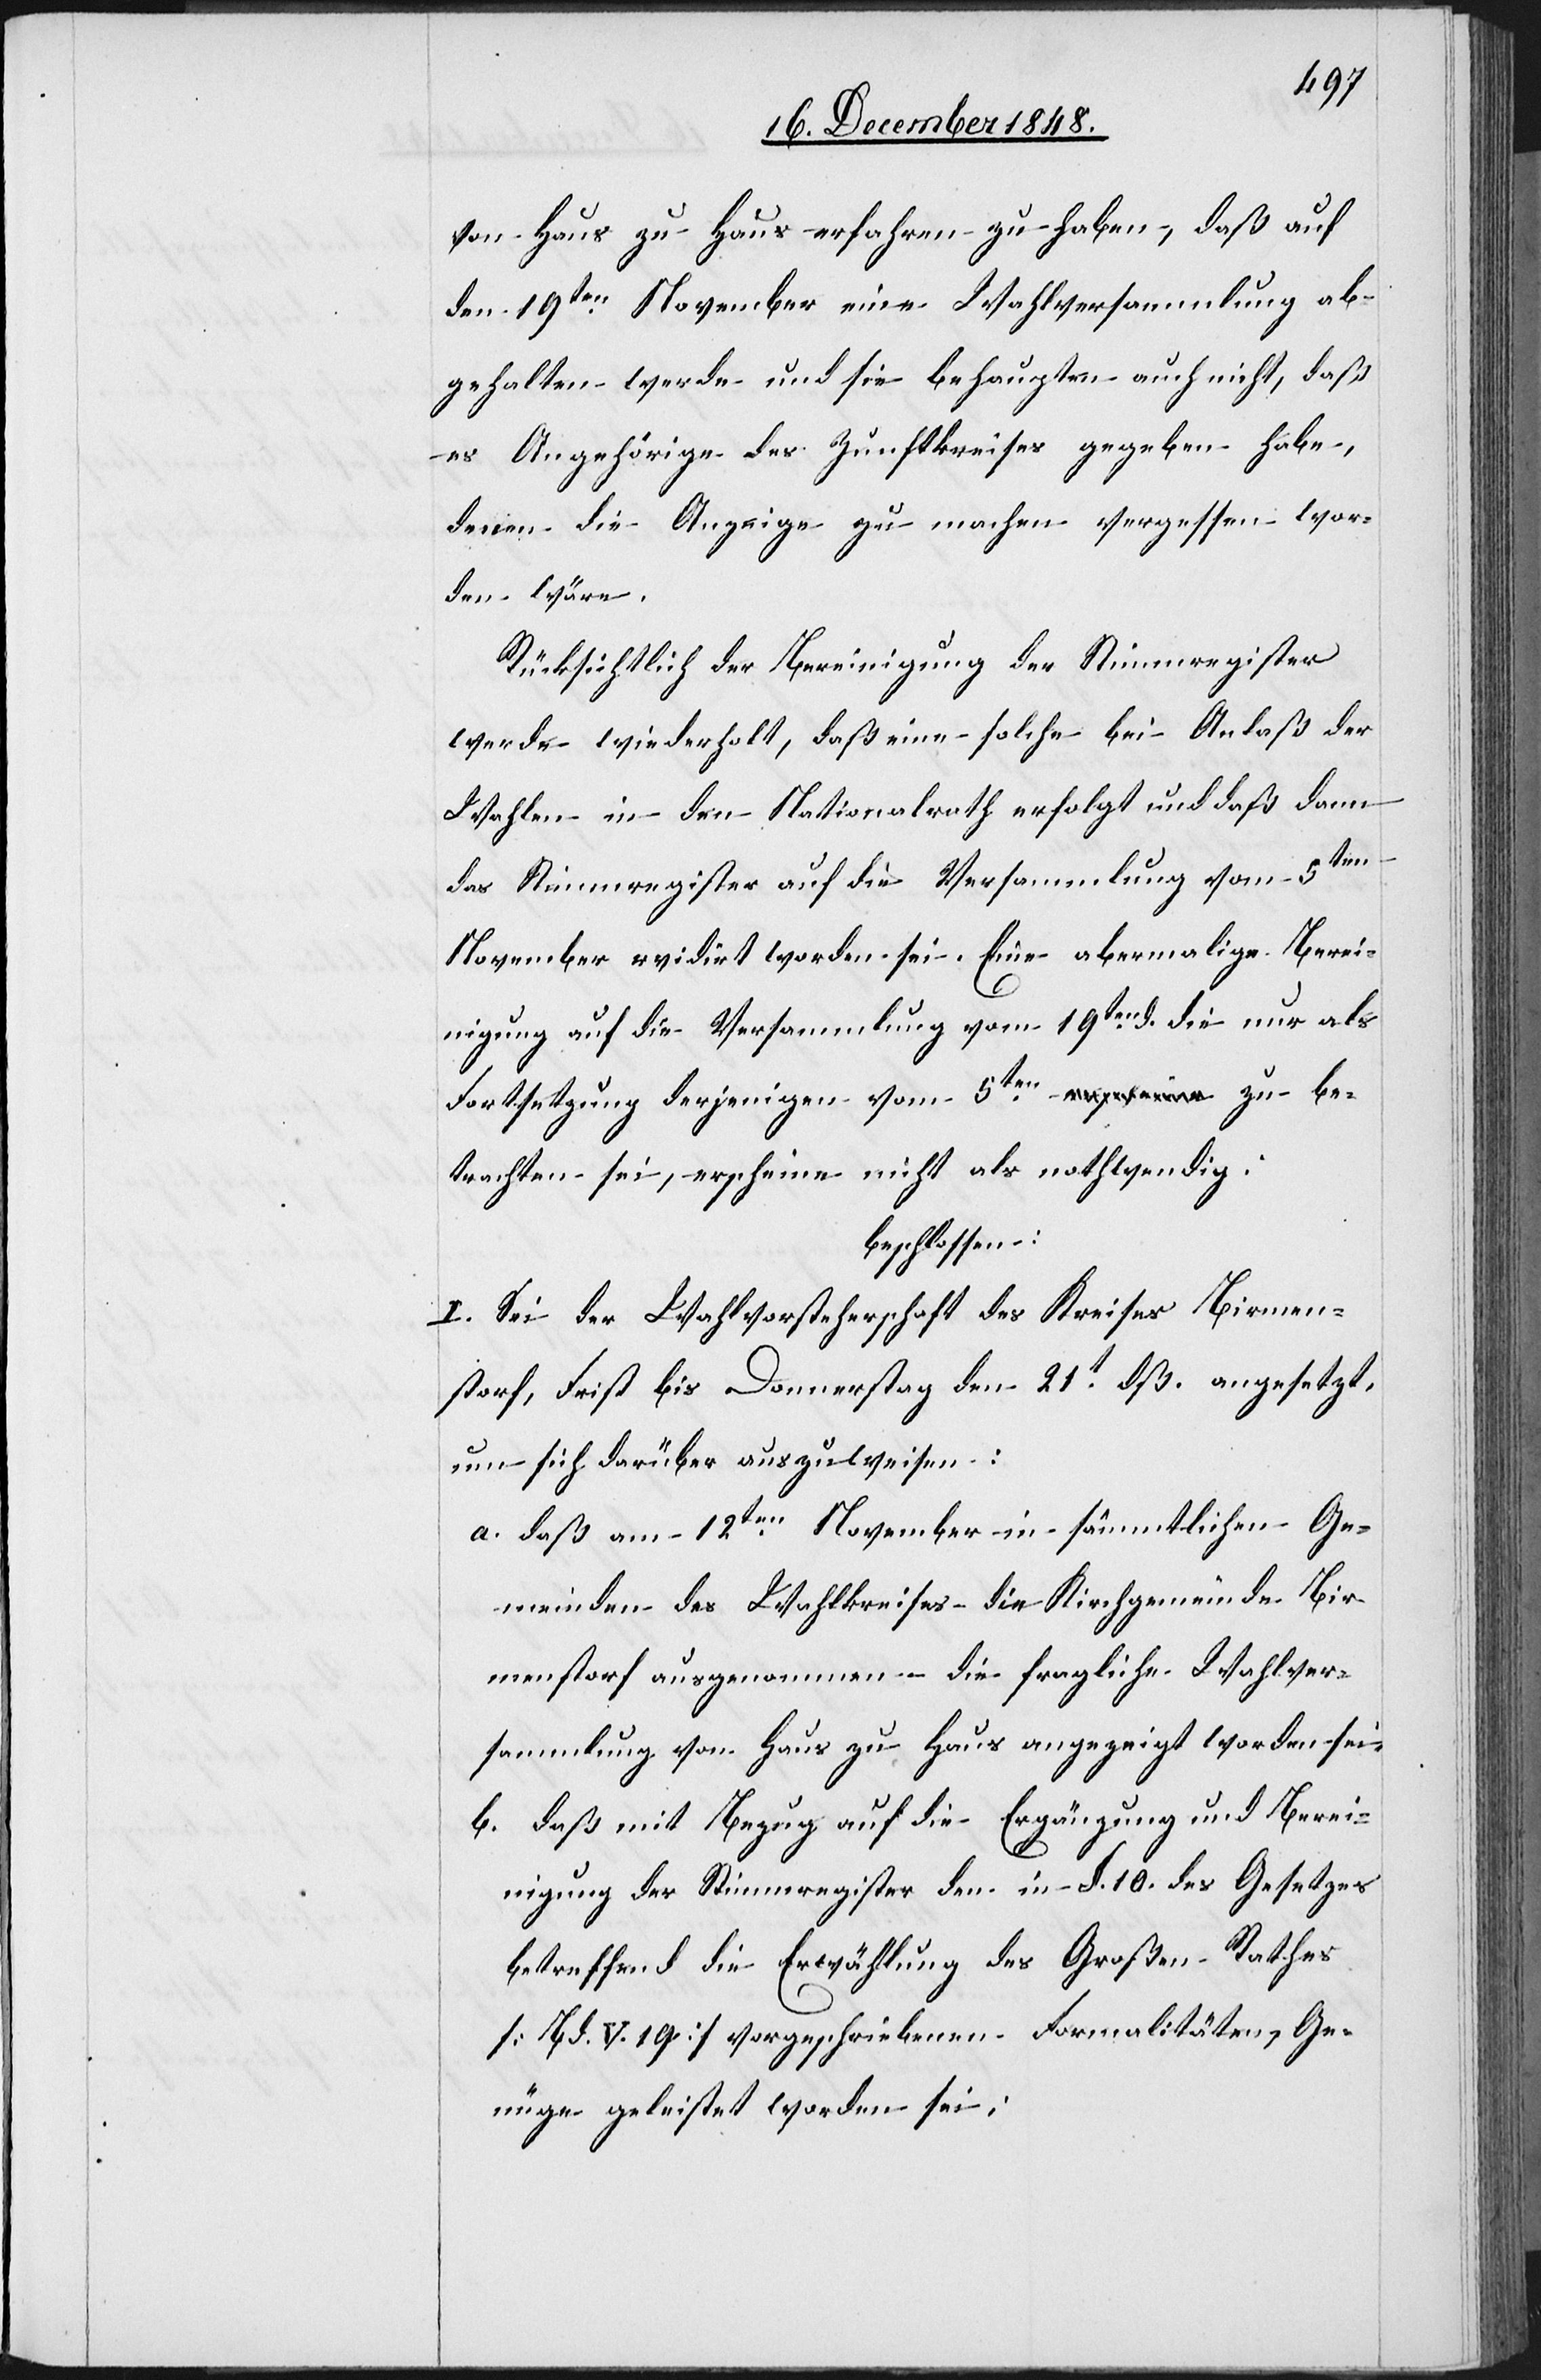
von Haus zu Haus erfahren zu haben, daß auf
den 19ten November eine Wahlversammlung ab¬
gehalten werde und sie behaupten auch nicht, daß
es Angehörige des Zunftkreises gegeben habe,
denen die Anzeige zu machen vergessen wor¬
den wäre.
Rücksichtlich der Regierung der Stimmregister
werde wiederholt, daß eine solche bei Anlaß der
Wahlen in den Nationalrath erfolgt und daß dann
das Stimmregister auf die Versammlung vom 5ten
November r[e]vidirt worden sei. Eine abermalige Berei¬
[Be¬
nigung auf die Versammlung vom 19ten d. die nur als
Fortsetzung derjenigen vom 5ten zu be¬
trachten sei, erscheine nicht als nothwendig;
beschlossen:
I. Sei der Wahlvorsteherschaft des Kreises Birmen¬
storf, Frist bis Donnerstag den 21t dß. angesetzt,
um sich darüber auszuweisen:
a. daß am 12ten November in sämmtlichen Ge¬
meinden des Wahlkreises – die Kirchgemeinde Bir¬
menstorf ausgenommen – die fragliche Wahlver¬
sammlung von Haus zu Haus angezeigt worden sei.
b. daß mit Bezug auf die Ergänzung und Berei¬
nigung der Stimmregister den in §. 10. des Gesetzes
betreffend die Erwählung des Großen Rathes
treffend. V. 19] vorgeschriebenen Formalitäten, Ge¬
nüge geleistet worden sei;